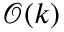
{ \mathcal { O } } ( k )